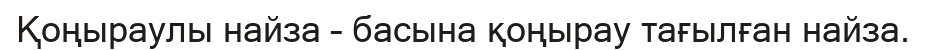
Қоңыраулы найза – басына қоңырау тағылған найза.